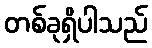
တစ်ခုရှိပါသည်